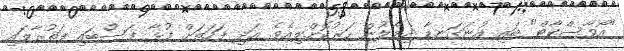
"އޯވާސްކާޓް" ބައި އުނަގަނޑާ ދިމާލުން ހަރުކޮށްލިއެވެ. އަދި ފަހަތަށް ފުޅާ ފަސްބައި ފަތުރާލައި